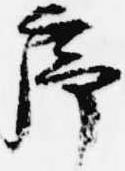
序